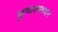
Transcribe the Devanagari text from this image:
कुणालावदान